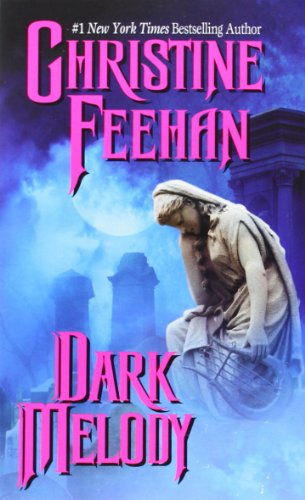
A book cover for Dark Melody (Dark Series); Christine Feehan; Romance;